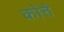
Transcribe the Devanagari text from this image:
कोत्ते